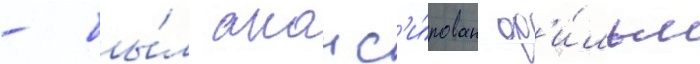
- бы́л анонс'и́рован ф'и́льм